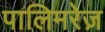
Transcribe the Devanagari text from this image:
पालिमरेज़